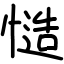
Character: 慥